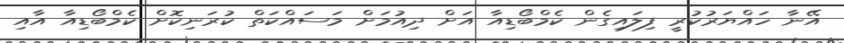
އޭނާ ހައްޔަރުކުރީ ފިލައިގެން ކެމްބޯޑިއާ އަށް ދިއުމަށް މަސައްކަތް ކުރަނިކޮށް ކެމްބޯޑިއާ އާއި